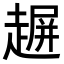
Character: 𧼲